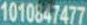
1010847477